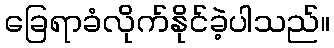
ခြေရာခံလိုက်နိုင်ခဲ့ပါသည်။